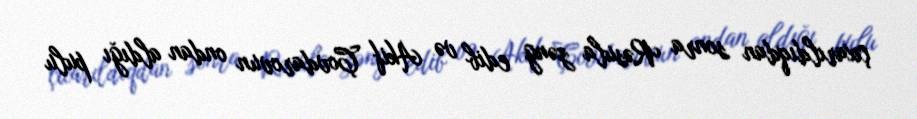
çıxarıldıqdan sonra Rəsula zəng edib və Akif Çovdarovun ondan aldığı pulu